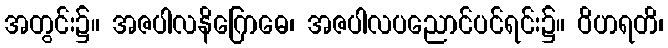
အတွင်း၌။ အဇပါလနိဂြောဓေ၊ အဇပါလပညောင်ပင်ရင်း၌။ ဝိဟရတိ၊